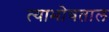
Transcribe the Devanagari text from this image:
त्याभोवताल